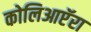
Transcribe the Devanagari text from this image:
कोलिआप्टॅरा